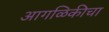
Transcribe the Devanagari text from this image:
आगळिकीचा